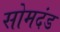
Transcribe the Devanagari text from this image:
सोमदंड